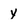
Character: y